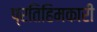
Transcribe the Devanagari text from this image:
प्रतिहिमकारी